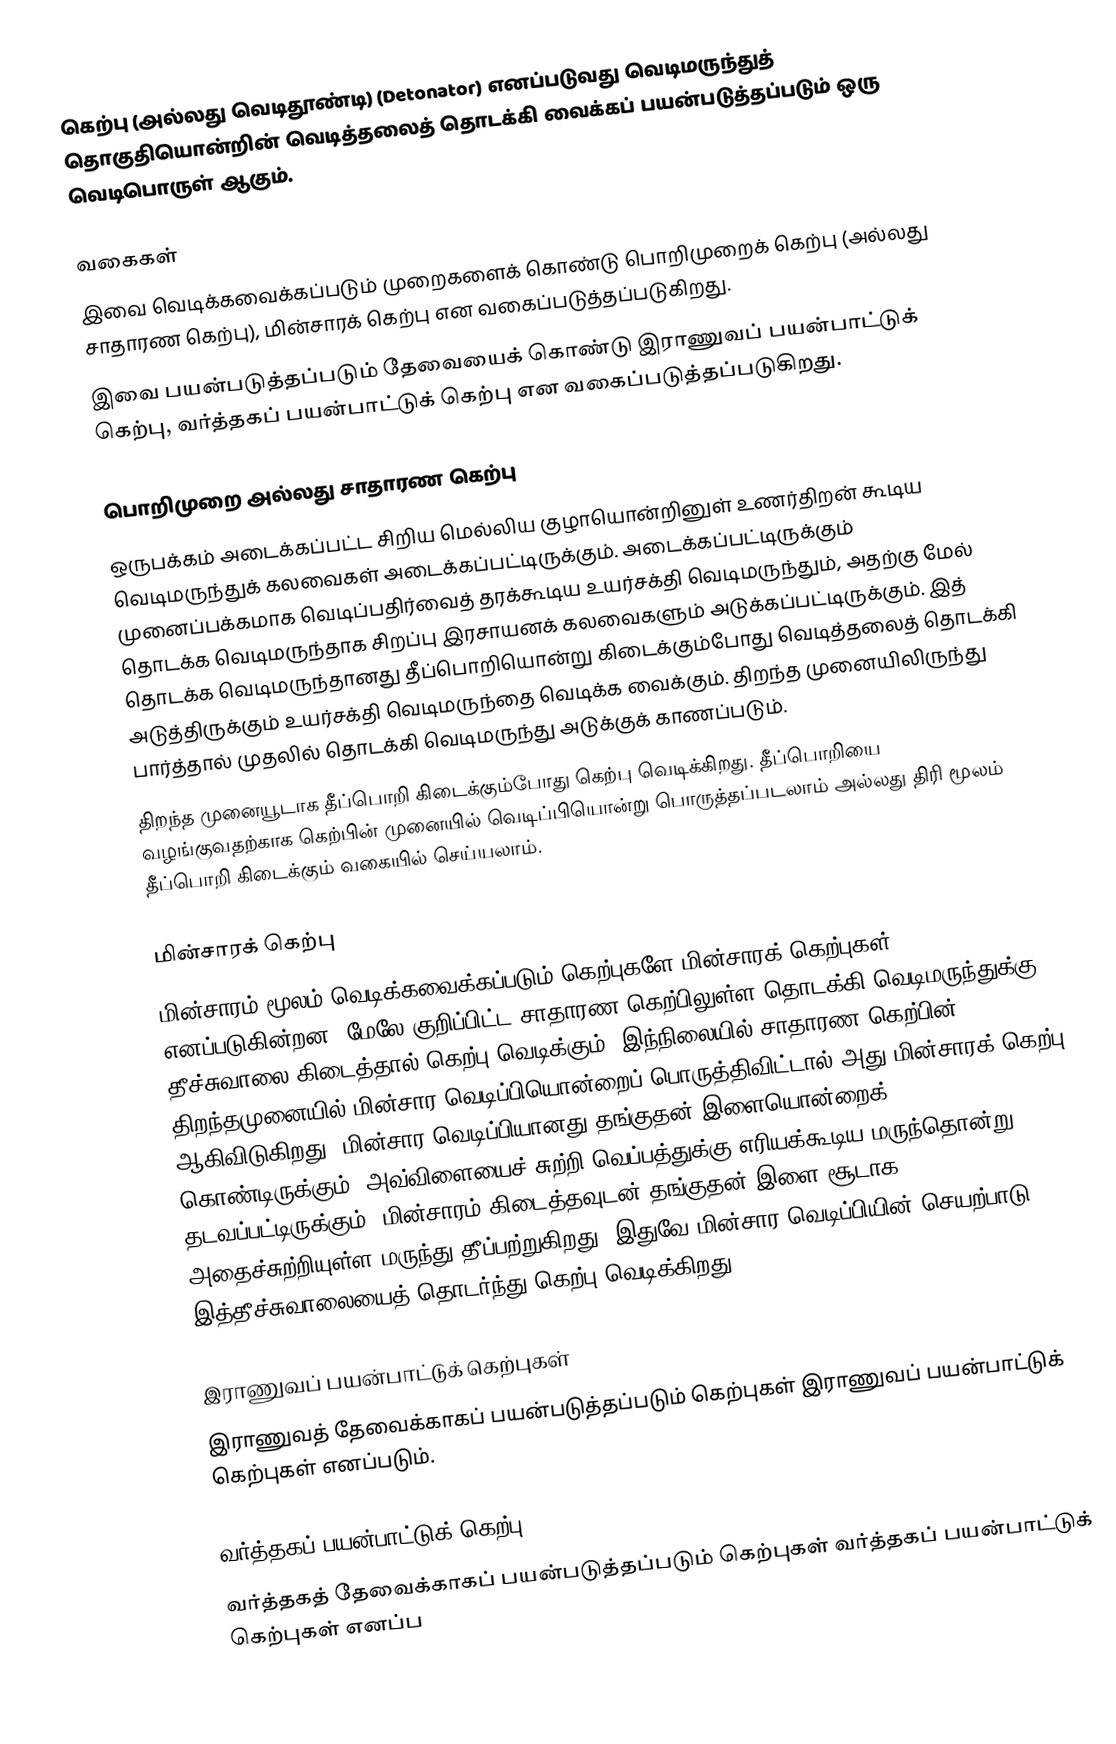
கெற்பு (அல்லது வெடிதூண்டி) (Detonator) எனப்படுவது வெடிமருந்துத் தொகுதியொன்றின் வெடித்தலைத் தொடக்கி வைக்கப் பயன்படுத்தப்படும் ஒரு வெடிபொருள் ஆகும்.

வகைகள்
இவை வெடிக்கவைக்கப்படும் முறைகளைக் கொண்டு  பொறிமுறைக் கெற்பு (அல்லது சாதாரண கெற்பு), மின்சாரக் கெற்பு என வகைப்படுத்தப்படுகிறது.
இவை பயன்படுத்தப்படும் தேவையைக் கொண்டு இராணுவப் பயன்பாட்டுக் கெற்பு, வர்த்தகப் பயன்பாட்டுக் கெற்பு என வகைப்படுத்தப்படுகிறது.

பொறிமுறை அல்லது சாதாரண கெற்பு
ஒருபக்கம் அடைக்கப்பட்ட சிறிய மெல்லிய குழாயொன்றினுள் உணர்திறன் கூடிய வெடிமருந்துக் கலவைகள் அடைக்கப்பட்டிருக்கும். அடைக்கப்பட்டிருக்கும் முனைப்பக்கமாக வெடிப்பதிர்வைத் தரக்கூடிய உயர்சக்தி வெடிமருந்தும், அதற்கு மேல் தொடக்க வெடிமருந்தாக சிறப்பு இரசாயனக் கலவைகளும் அடுக்கப்பட்டிருக்கும். இத் தொடக்க வெடிமருந்தானது தீப்பொறியொன்று கிடைக்கும்போது வெடித்தலைத் தொடக்கி அடுத்திருக்கும் உயர்சக்தி வெடிமருந்தை வெடிக்க வைக்கும். திறந்த முனையிலிருந்து பார்த்தால் முதலில் தொடக்கி வெடிமருந்து அடுக்குக் காணப்படும்.
திறந்த முனையூடாக தீப்பொறி கிடைக்கும்போது கெற்பு வெடிக்கிறது. தீப்பொறியை வழங்குவதற்காக கெற்பின் முனையில் வெடிப்பியொன்று பொருத்தப்படலாம் அல்லது திரி மூலம் தீப்பொறி கிடைக்கும் வகையில் செய்யலாம்.

மின்சாரக் கெற்பு
மின்சாரம் மூலம் வெடிக்கவைக்கப்படும் கெற்புகளே மின்சாரக் கெற்புகள் எனப்படுகின்றன. மேலே குறிப்பிட்ட சாதாரண கெற்பிலுள்ள தொடக்கி வெடிமருந்துக்கு தீச்சுவாலை கிடைத்தால் கெற்பு வெடிக்கும். இந்நிலையில் சாதாரண கெற்பின் திறந்தமுனையில் மின்சார வெடிப்பியொன்றைப் பொருத்திவிட்டால் அது மின்சாரக் கெற்பு ஆகிவிடுகிறது. மின்சார வெடிப்பியானது தங்குதன் இளையொன்றைக் கொண்டிருக்கும். அவ்விளையைச் சுற்றி வெப்பத்துக்கு எரியக்கூடிய மருந்தொன்று தடவப்பட்டிருக்கும். மின்சாரம் கிடைத்தவுடன் தங்குதன் இளை சூடாக அதைச்சுற்றியுள்ள மருந்து தீப்பற்றுகிறது. இதுவே மின்சார வெடிப்பியின் செயற்பாடு. இத்தீச்சுவாலையைத் தொடர்ந்து கெற்பு வெடிக்கிறது.

இராணுவப் பயன்பாட்டுக் கெற்புகள்
இராணுவத் தேவைக்காகப் பயன்படுத்தப்படும் கெற்புகள் இராணுவப் பயன்பாட்டுக் கெற்புகள் எனப்படும்.

வர்த்தகப் பயன்பாட்டுக் கெற்பு
வர்த்தகத் தேவைக்காகப் பயன்படுத்தப்படும் கெற்புகள் வர்த்தகப் பயன்பாட்டுக் கெற்புகள் எனப்ப